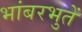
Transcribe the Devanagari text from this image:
भांबरभुतें